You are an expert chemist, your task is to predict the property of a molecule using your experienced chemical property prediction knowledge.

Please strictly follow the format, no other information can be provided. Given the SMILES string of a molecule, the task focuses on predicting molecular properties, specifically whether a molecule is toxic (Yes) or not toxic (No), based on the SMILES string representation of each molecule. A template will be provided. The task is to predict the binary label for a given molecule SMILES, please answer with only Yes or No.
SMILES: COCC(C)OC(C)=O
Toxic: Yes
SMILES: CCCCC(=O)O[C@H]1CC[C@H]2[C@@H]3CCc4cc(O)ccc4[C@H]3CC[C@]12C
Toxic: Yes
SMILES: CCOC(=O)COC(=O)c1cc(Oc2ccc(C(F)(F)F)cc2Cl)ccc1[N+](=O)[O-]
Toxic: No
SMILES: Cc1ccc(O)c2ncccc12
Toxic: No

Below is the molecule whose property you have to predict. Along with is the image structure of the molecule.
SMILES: C=C(C)C(=O)OCCOP(=O)(O)O
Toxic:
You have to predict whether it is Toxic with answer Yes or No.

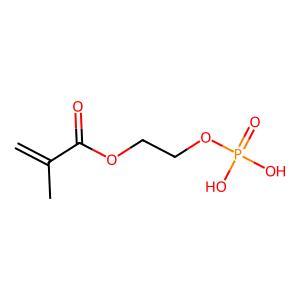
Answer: No